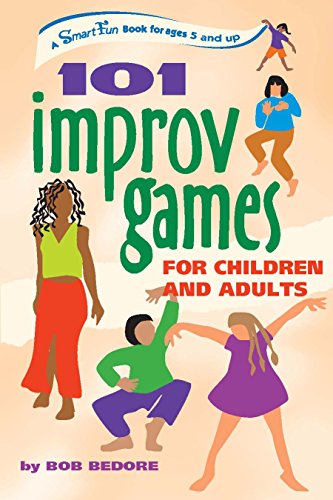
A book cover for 101 Improv Games for Children and Adults; Bob Bedore; Parenting & Relationships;